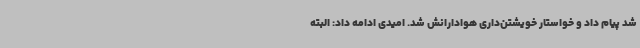
شد پیام داد و خواستار خویشتن‌داری هوادارانش شد. امیدی ادامه داد: البته